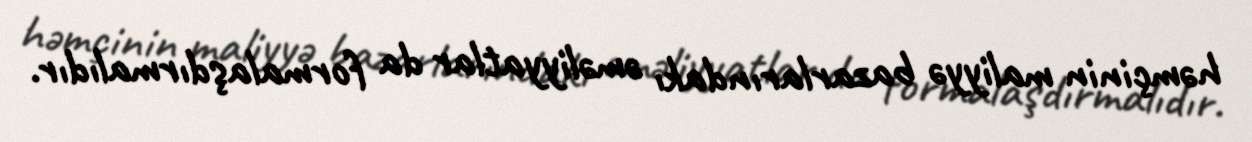
həmçinin maliyyə bazarlarındakı əməliyyatlar da formalaşdırmalıdır.